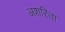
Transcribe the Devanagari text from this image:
अशरिता